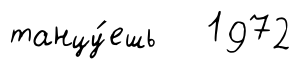
танцу́ешь 1972